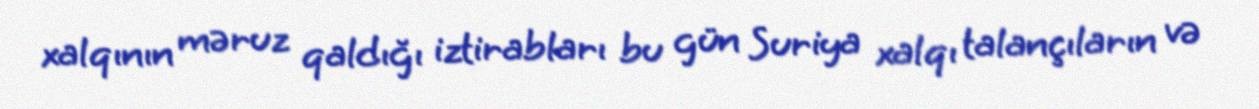
xalqının məruz qaldığı iztirabları bu gün Suriya xalqı talançıların və